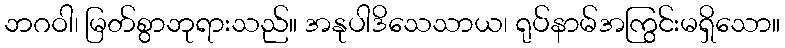
ဘဂဝါ၊ မြတ်စွာဘုရားသည်။ အနုပါဒိသေသာယ၊ ရုပ်နာမ်အကြွင်းမရှိသော။